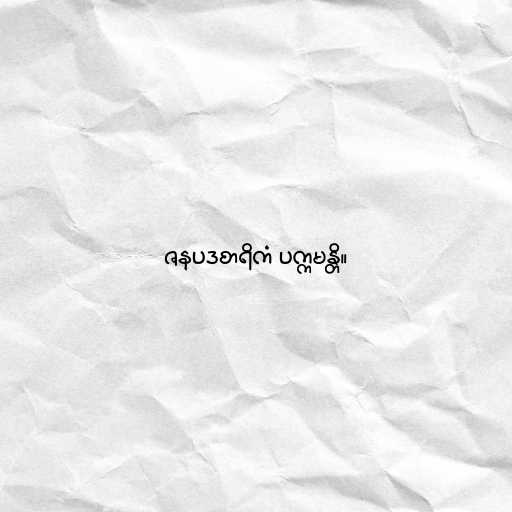
ဇနပဒစာရိကံ ပက္ကမန္တိ။